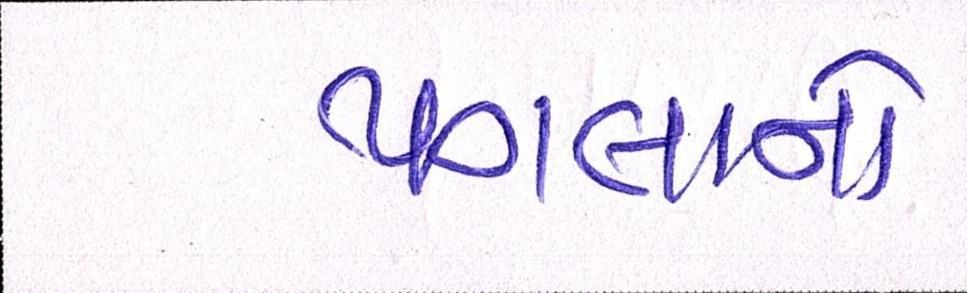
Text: પગલાનો